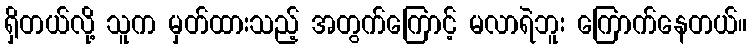
ရှိတယ်လို့ သူက မှတ်ထားသည့် အတွက်ကြောင့် မလာရဲဘူး ကြောက်နေတယ်။